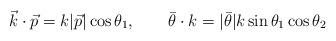
LaTeX: \begin{align*}\vec{k}\cdot\vec{p} = k|\vec{p}|\cos\theta_{1},\qquad\bar{\theta}\cdot k = |\bar{\theta}|k\sin\theta_{1}\cos\theta_{2}\end{align*}